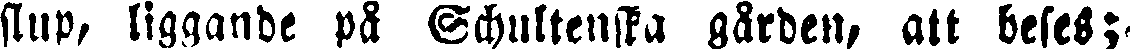
slup, liggande på Schultenska gården, att beses;